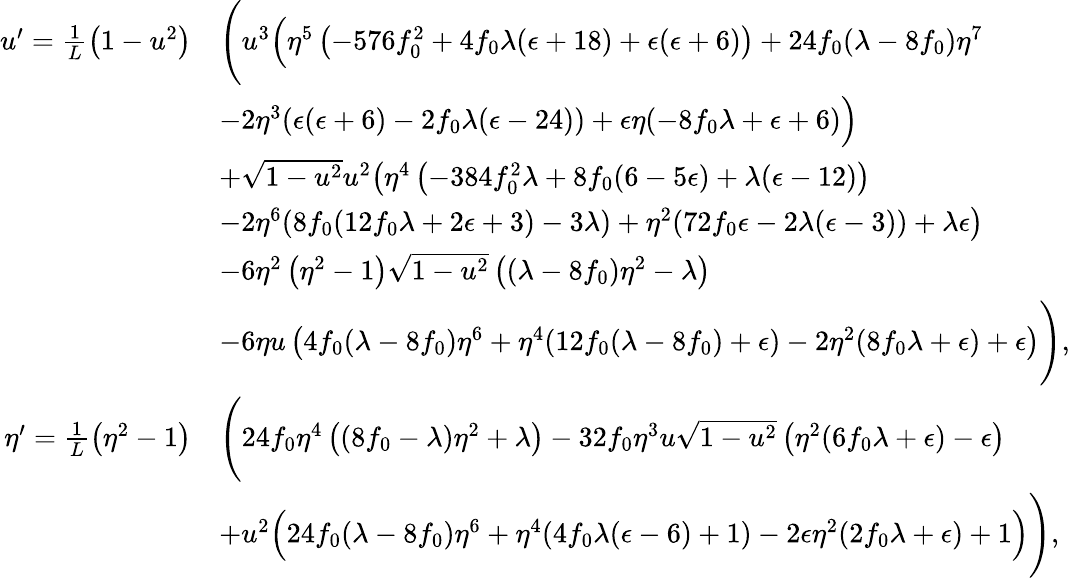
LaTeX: \begin{array}{rl}{u^{\prime}=\frac{1}{L}\left(1-u^{2}\right)}&{\Bigg(u^{3}\Big(\eta^{5}\left(-576f_{0}^{2}+4f_{0}\lambda(\epsilon+18)+\epsilon(\epsilon+6)\right)+24f_{0}(\lambda-8f_{0})\eta^{7}}\\ &{-2\eta^{3}(\epsilon(\epsilon+6)-2f_{0}\lambda(\epsilon-24))+\epsilon\eta(-8f_{0}\lambda+\epsilon+6)\Big)}\\ &{+\sqrt{1-u^{2}}u^{2}\big(\eta^{4}\left(-384f_{0}^{2}\lambda+8f_{0}(6-5\epsilon)+\lambda(\epsilon-12)\right)}\\ &{-2\eta^{6}(8f_{0}(12f_{0}\lambda+2\epsilon+3)-3\lambda)+\eta^{2}(72f_{0}\epsilon-2\lambda(\epsilon-3))+\lambda\epsilon\big)}\\ &{-6\eta^{2}\left(\eta^{2}-1\right)\sqrt{1-u^{2}}\left((\lambda-8f_{0})\eta^{2}-\lambda\right)}\\ &{-6\eta u\left(4f_{0}(\lambda-8f_{0})\eta^{6}+\eta^{4}(12f_{0}(\lambda-8f_{0})+\epsilon)-2\eta^{2}(8f_{0}\lambda+\epsilon)+\epsilon\right)\Bigg),}\\ {\eta^{\prime}=\frac{1}{L}\left(\eta^{2}-1\right)}&{\Bigg(24f_{0}\eta^{4}\left((8f_{0}-\lambda)\eta^{2}+\lambda\right)-32f_{0}\eta^{3}u\sqrt{1-u^{2}}\left(\eta^{2}(6f_{0}\lambda+\epsilon)-\epsilon\right)}\\ &{+u^{2}\Big(24f_{0}(\lambda-8f_{0})\eta^{6}+\eta^{4}(4f_{0}\lambda(\epsilon-6)+1)-2\epsilon\eta^{2}(2f_{0}\lambda+\epsilon)+1\Big)\Bigg),}\end{array}